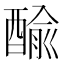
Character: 䤅